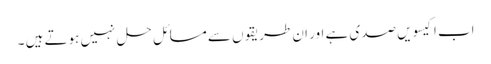
اب اکیسویں صدی ہے اور ان طریقوں سے مسائل حل نہیں ہوتے ہیں ۔